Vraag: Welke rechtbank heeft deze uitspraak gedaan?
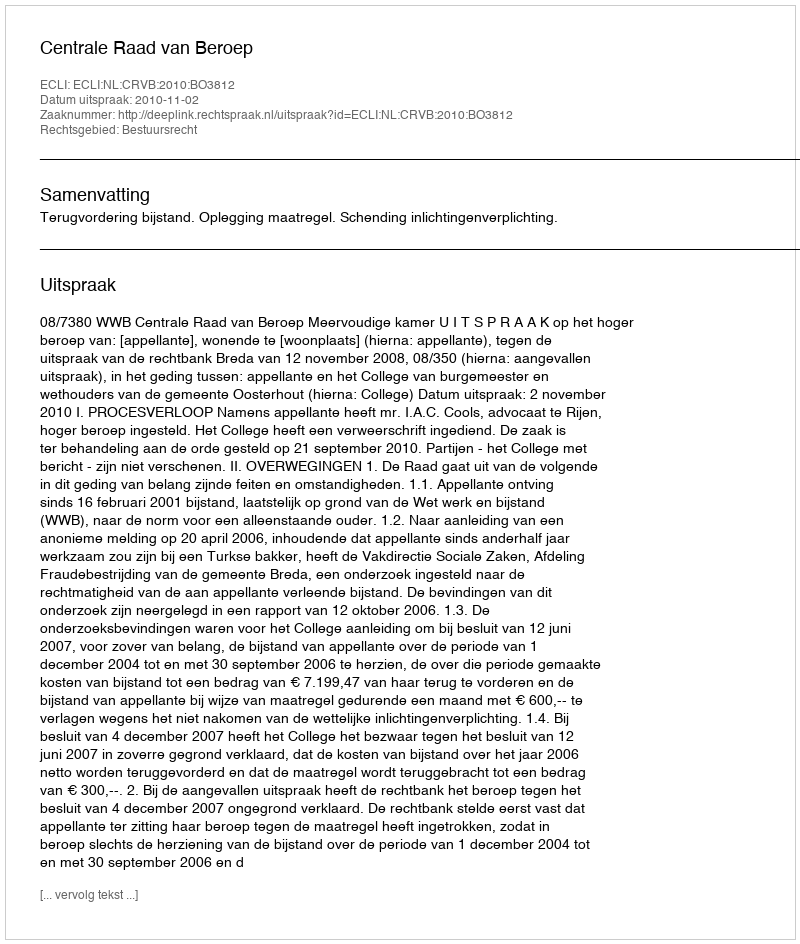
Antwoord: Centrale Raad van Beroep